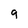
Character: 9